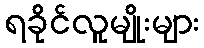
ရခိုင်လူမျိုးများ